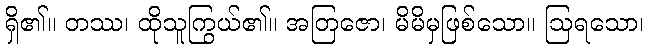
ရှိ၏။ တဿ၊ ထိုသူကြွယ်၏။ အတြဇော၊ မိမိမှဖြစ်သော။ ဩရသော၊